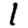
Digit: 1